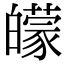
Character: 𤾬